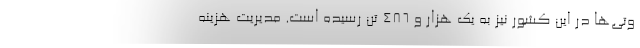
وتی‌ها در این کشور نیز به یک هزار و ۴۸۶ تن رسیده است. مدیریت هزینه